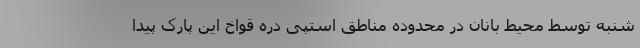
شنبه توسط محیط بانان در محدوده مناطق استپی دره قواخ این پارک پیدا